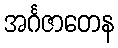
အင်္ဂဇာတေန